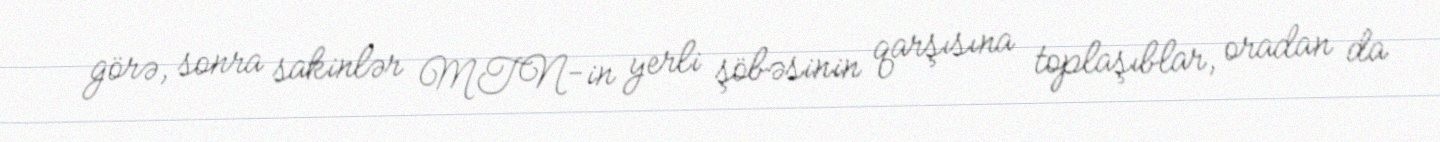
görə, sonra sakinlər MTN-in yerli şöbəsinin qarşısına toplaşıblar, oradan da